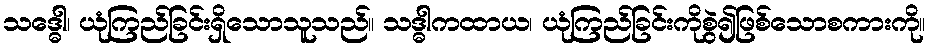
သဒ္ဓေါ၊ ယုံကြည်ခြင်းရှိသောသူသည်။ သဒ္ဓါကထာယ၊ ယုံကြည်ခြင်းကိုစွဲ၍ဖြစ်သောစကားကို။